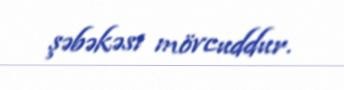
şəbəkəsi mövcuddur.